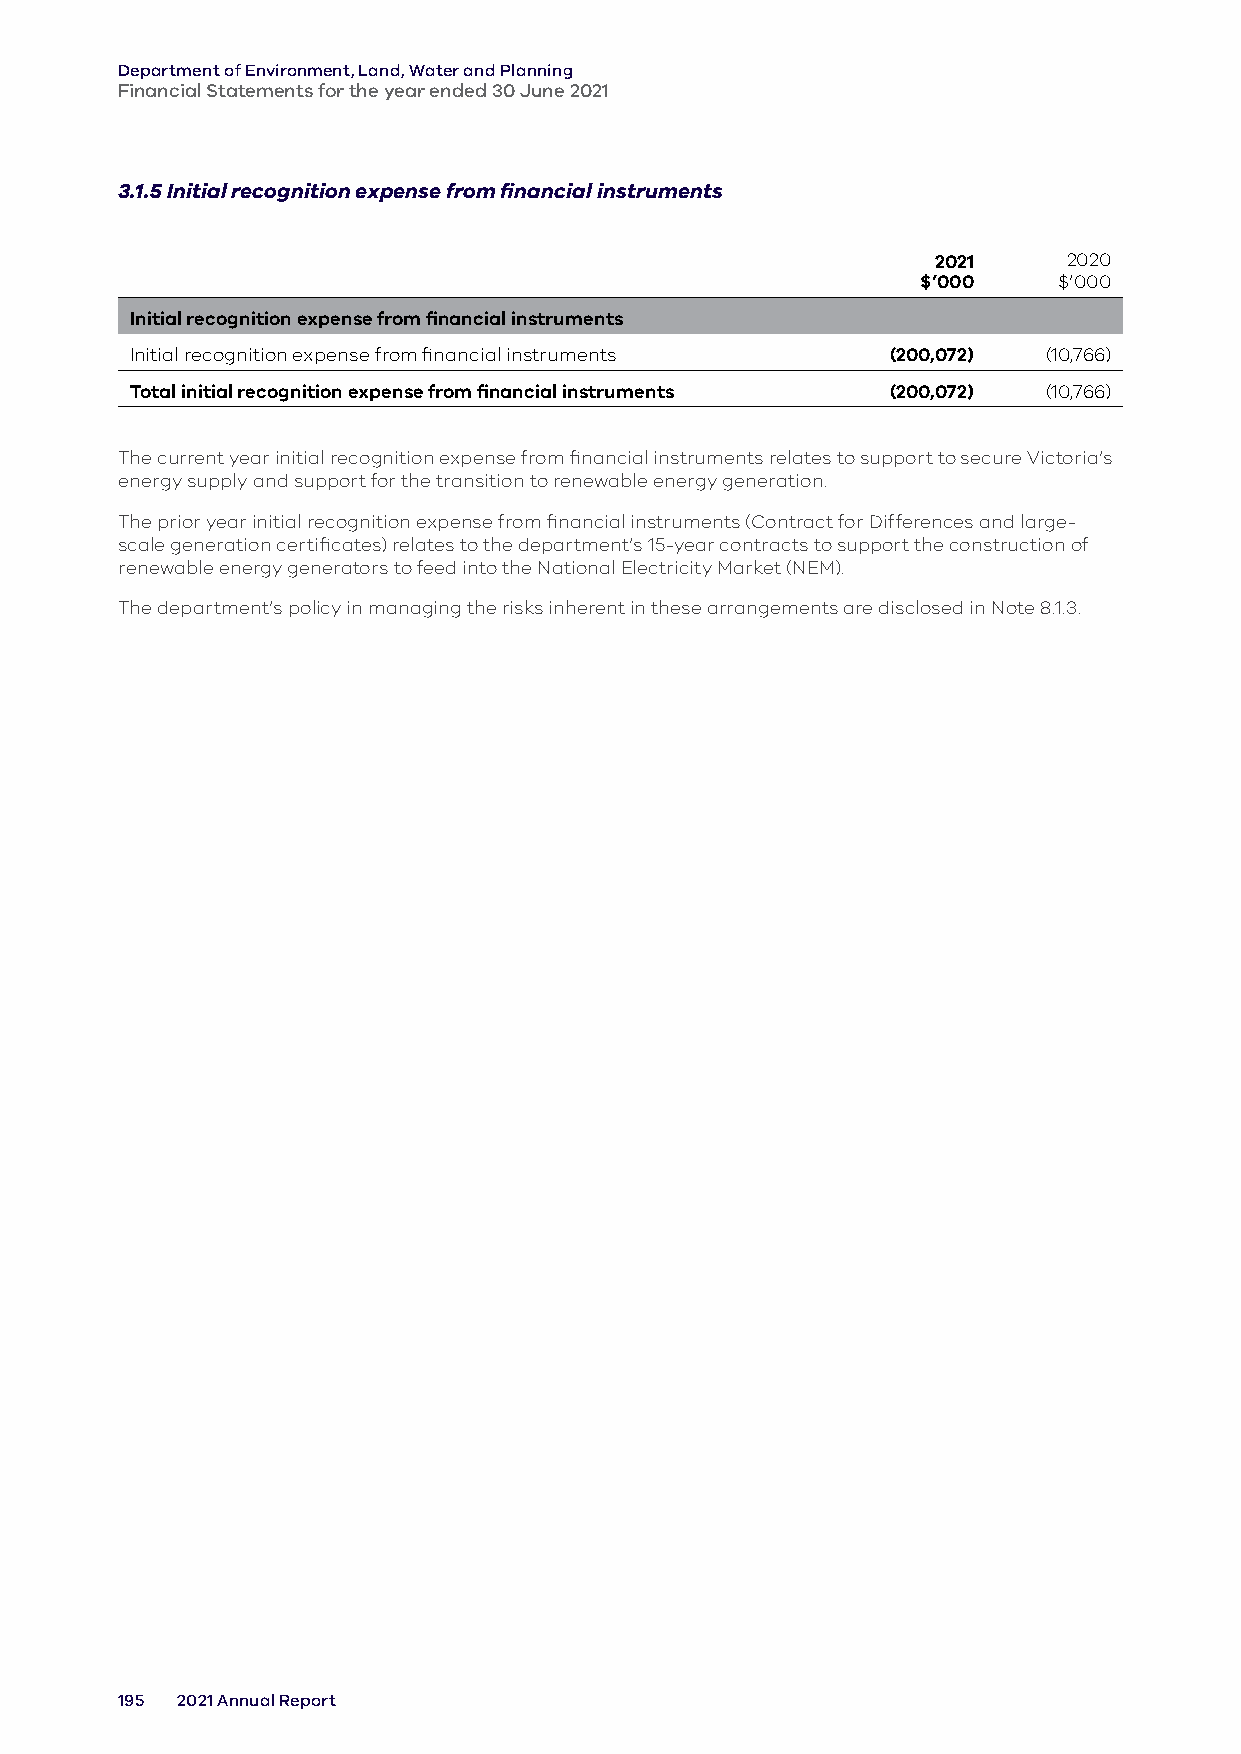
Department of Environment, Land, Water and Planning
 Financial Statements for the year ended 30 June 2021
 3.1.5 Initial recognition expense from financial instruments
 2021     2020
 $’000    $’000
 Initial recognition expense from financial instruments
 Initial recognition expense from financial instruments (200,072) (10,766)
 Total initial recognition expense from financial instruments (200,072) (10,766)
 The current year initial recognition expense from financial instruments relates to support to secure Victoria’s
 energy supply and support for the transition to renewable energy generation.
 The prior year initial recognition expense from financial instruments (Contract for Differences and large-
 scale generation certificates) relates to the department’s 15-year contracts to support the construction of
 renewable energy generators to feed into the National Electricity Market (NEM).
 The department’s policy in managing the risks inherent in these arrangements are disclosed in Note 8.1.3.
 195 2021 Annual Report